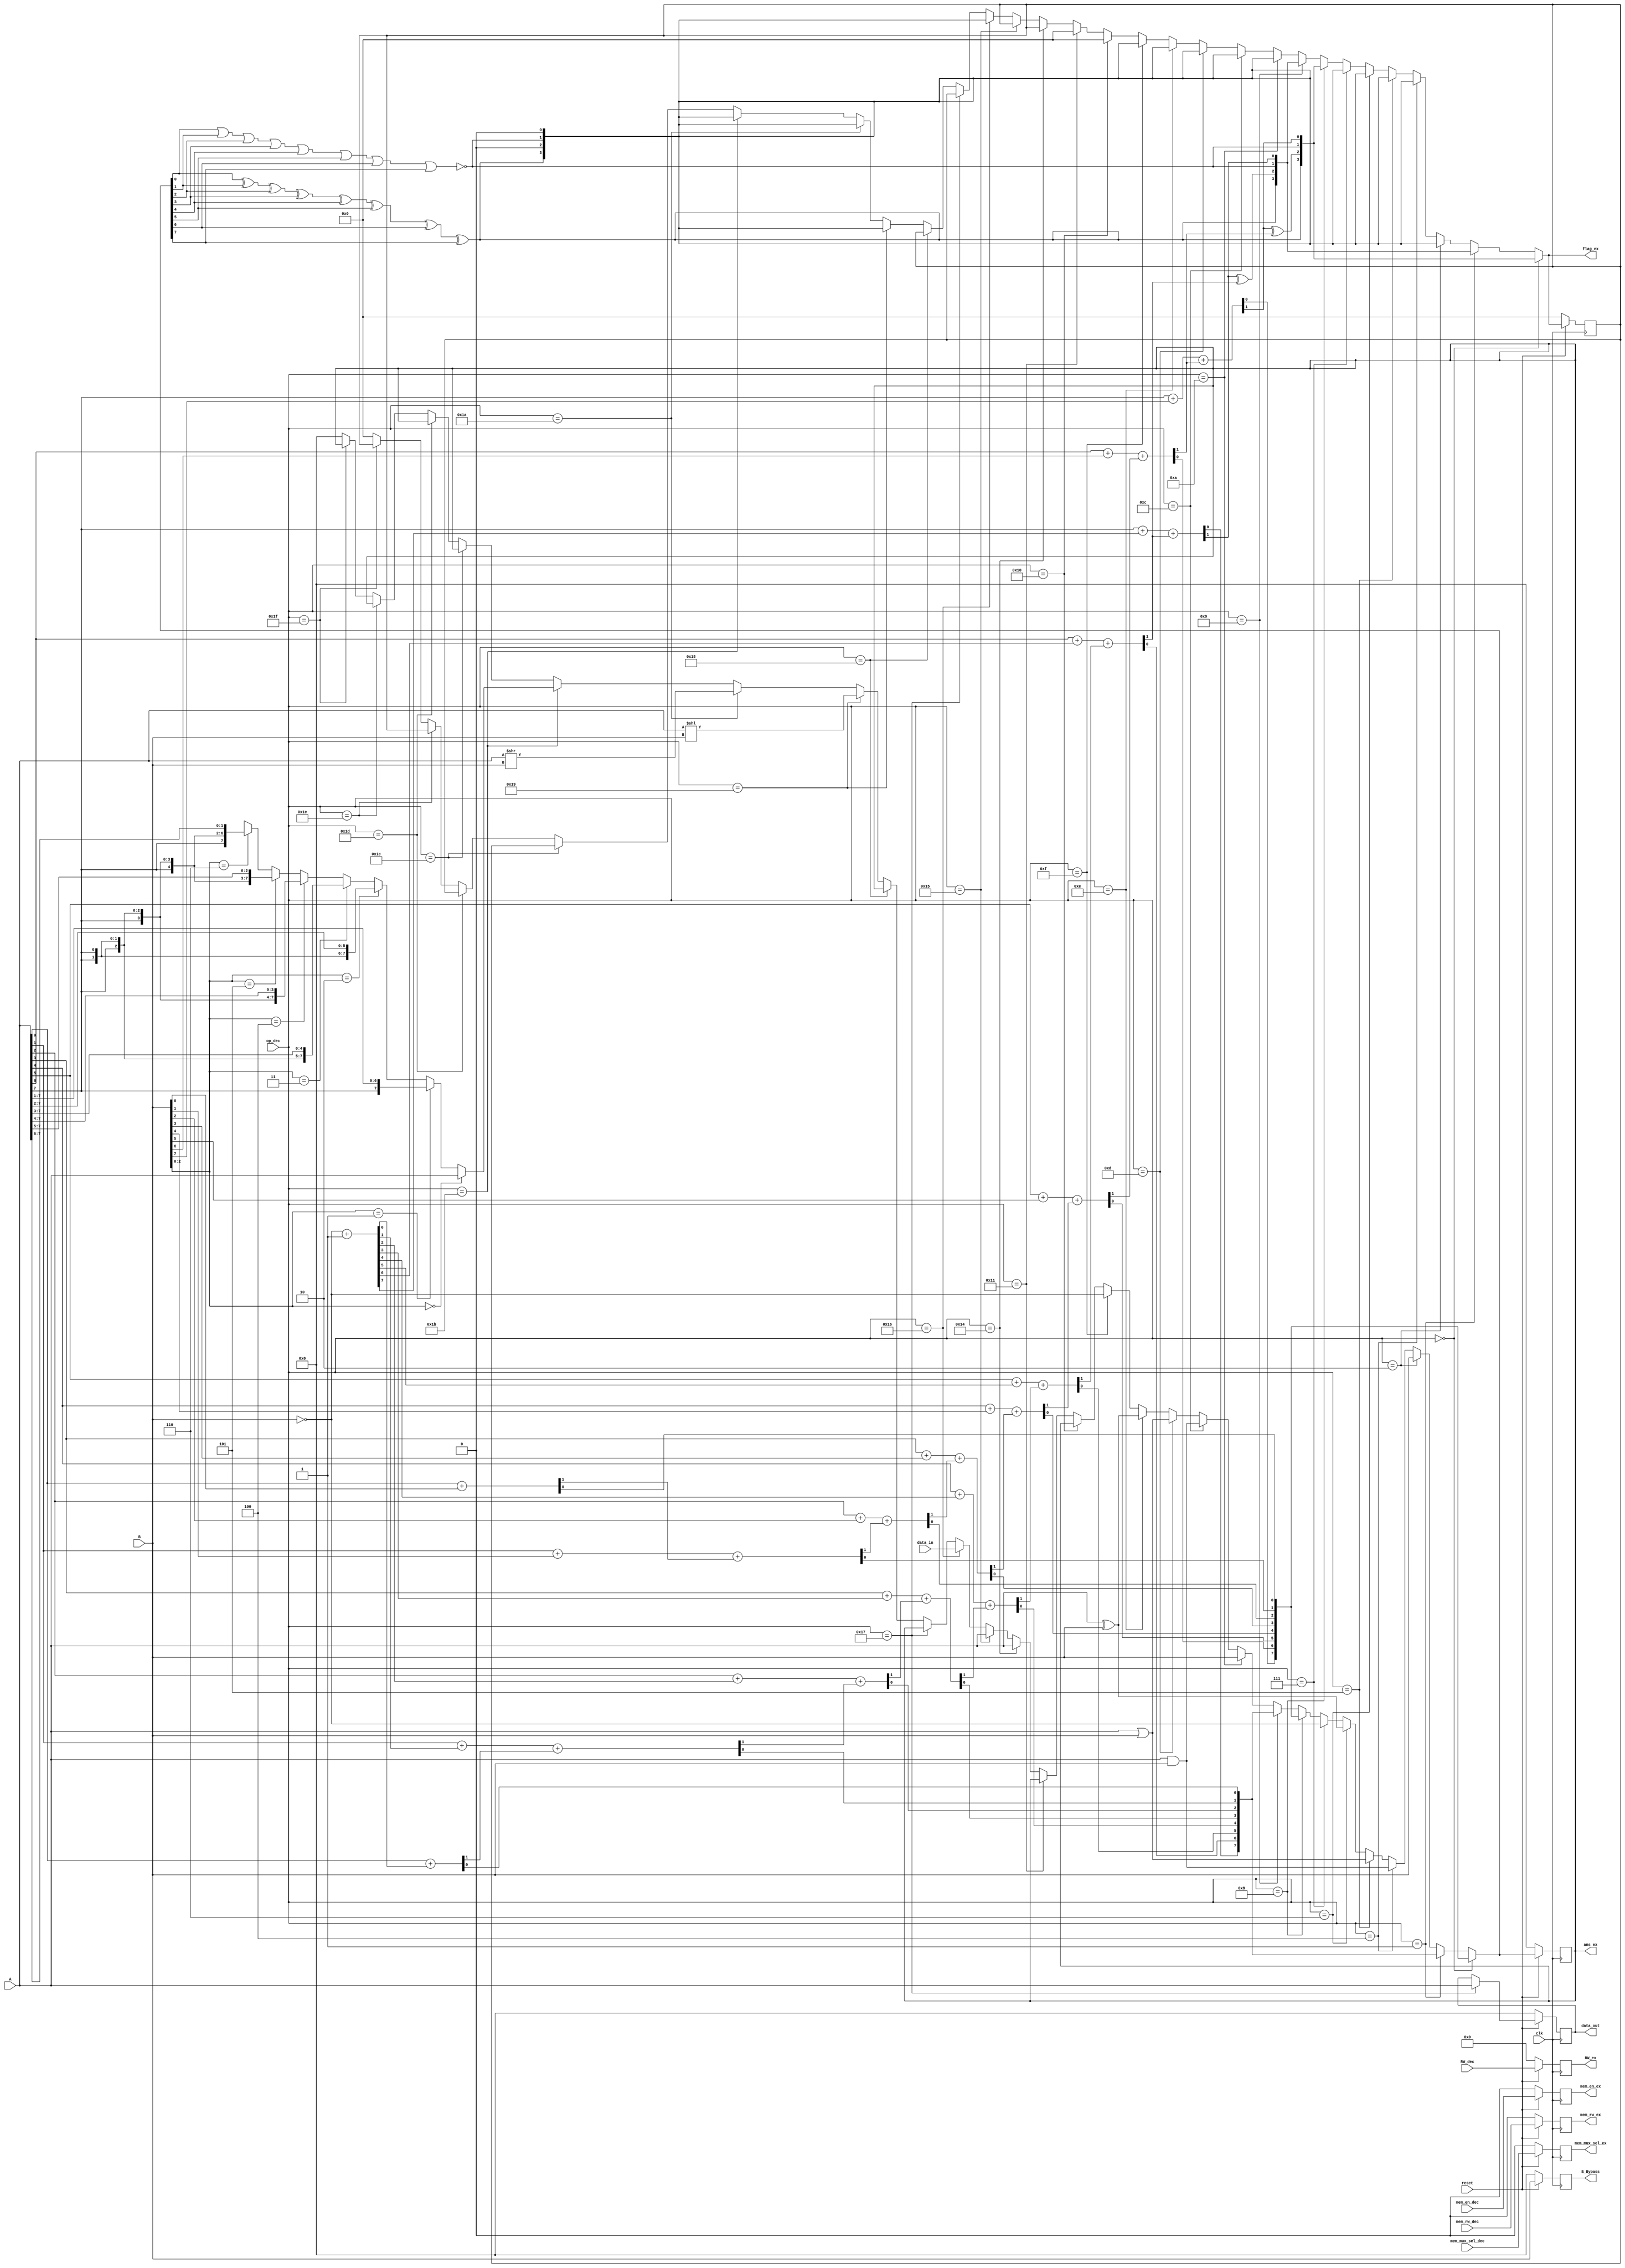
`timescale 1ns / 1ps

//Group number : 16
//Group name : The Intellites
//Module Name:    Execution_Block logic



//////////////////////////////////////////////////////////////////////////////////
// Company: 
// Engineer: 
// 
// Design Name: 
// Module Name:    Execution_Block 
// Project Name: 
// Target Devices: 
// Tool versions: 
// Description: 
//
// Dependencies: 
//
// Revision: 
// Revision 0.01 - File Created
// Additional Comments: 
//
//////////////////////////////////////////////////////////////////////////////////
module Execution_Block(flag_ex,ans_ex,data_out,B_Bypass,mem_en_ex,mem_rw_ex,mem_mux_sel_ex,RW_ex,A,B,data_in,op_dec,clk,mem_en_dec,mem_rw_dec,mem_mux_sel_dec,RW_dec,reset); 

//input declarations
output [3:0] flag_ex;
output reg [7:0] ans_ex,data_out,B_Bypass;
output reg [4:0] RW_ex;
output reg mem_en_ex,mem_rw_ex,mem_mux_sel_ex;

//output declarations
input [7:0] A,B,data_in;
input [4:0] op_dec,RW_dec;
input clk,reset,mem_en_dec,mem_rw_dec,mem_mux_sel_dec;

//temp wires
wire [7:0] data_out_buff,ans_temp,t_add,t_sub,temp_rsa,comp_B,ans_ex_temp,data_out_temp,B_bypass_temp;
wire [3:0] flag_temp,flag;
reg [3:0] flag_ex_reg;
wire [6:0] ct,cs;
wire [4:0] RW_ex_temp;
wire a_carry,s_carry,overflow_a,overflow_s,zero,parity,mem_en_ex_temp,mem_rw_ex_temp,mem_mux_sel_ex_temp;

//2's compliment of B
assign comp_B = (~B) + 8'b00000001;

//8 bit adder
assign {ct[0],t_add[0]} = A[0] + B[0];
assign {ct[1],t_add[1]} = A[1] + B[1] + ct[0];
assign {ct[2],t_add[2]} = A[2] + B[2] + ct[1];
assign {ct[3],t_add[3]} = A[3] + B[3] + ct[2];
assign {ct[4],t_add[4]} = A[4] + B[4] + ct[3];
assign {ct[5],t_add[5]} = A[5] + B[5] + ct[4];
assign {ct[6],t_add[6]} = A[6] + B[6] + ct[5];
assign {a_carry,t_add[7]} = A[7] + B[7] + ct[6];

//overflow for adder
assign overflow_a = a_carry ^ ct[6];

//8 bit subtractor
assign {cs[0],t_sub[0]} = A[0] + comp_B[0];
assign {cs[1],t_sub[1]} = A[1] + comp_B[1] + cs[0];
assign {cs[2],t_sub[2]} = A[2] + comp_B[2] + cs[1];
assign {cs[3],t_sub[3]} = A[3] + comp_B[3] + cs[2];
assign {cs[4],t_sub[4]} = A[4] + comp_B[4] + cs[3];
assign {cs[5],t_sub[5]} = A[5] + comp_B[5] + cs[4];
assign {cs[6],t_sub[6]} = A[6] + comp_B[6] + cs[5];
assign {s_carry,t_sub[7]} = A[7] + comp_B[7] + cs[6];

//overflow for subtractor
assign overflow_s = s_carry ^ cs[6];

//logic for right shift arithmetic
assign temp_rsa = (B[2:0] == 3'b000) ? A :
                  (B[2:0] == 3'b001) ? {A[7],A[7:1]} :
						(B[2:0] == 3'b010) ? {A[7],A[7],A[7:2]} :
						(B[2:0] == 3'b011) ? {A[7],A[7],A[7],A[7:3]} :
						(B[2:0] == 3'b100) ? {A[7],A[7],A[7],A[7],A[7:4]} :
						(B[2:0] == 3'b101) ? {A[7],A[7],A[7],A[7],A[7],A[7:5]} :
               	(B[2:0] == 3'b110) ? {A[7],A[7],A[7],A[7],A[7],A[7],A[7:6]} :
                  (B[2:0] == 3'b110) ? {A[7],A[7],A[7],A[7],A[7],A[7],A[7],A[7]} : 8'bx;
						
//data out buff						
assign data_out_buff = (op_dec == 5'b10111) ? A : data_out;
 
                  
//assign value of answer temp through different opcodes using the given instruction table						
assign ans_temp = (op_dec == 5'b00000) ? t_add :
                  (op_dec == 5'b00001) ? t_sub :
						(op_dec == 5'b00010) ? B :
						(op_dec == 5'b00100) ? A&B :
						(op_dec == 5'b00101) ? A|B :
						(op_dec == 5'b00110) ? A^B :
						(op_dec == 5'b00111) ? (~B) :
						(op_dec == 5'b01000) ? t_add :
						(op_dec == 5'b01001) ? t_sub :
						(op_dec == 5'b01010) ? B :
						(op_dec == 5'b01100) ? A&B :
						(op_dec == 5'b01101) ? A|B :
						(op_dec == 5'b01110) ? A^B :
						(op_dec == 5'b01111) ? (~B) :
						(op_dec == 5'b10000) ? ans_ex:
						(op_dec == 5'b10001) ? ans_ex:
						(op_dec == 5'b10100) ? A :
						(op_dec == 5'b10101) ? A :
						(op_dec == 5'b10110) ? data_in :
						(op_dec == 5'b10111) ? ans_ex :
						(op_dec == 5'b11000) ? ans_ex:
						(op_dec == 5'b11001) ? A<<B :
						(op_dec == 5'b11010) ? A>>B : 
						(op_dec == 5'b11011) ? temp_rsa :
						(op_dec == 5'b11100) ? ans_ex:
						(op_dec == 5'b11101) ? ans_ex :
						(op_dec == 5'b11110) ? ans_ex:
						(op_dec == 5'b11111) ? ans_ex: 8'b0;

//assign ans_temp_1 = ans_temp;				
						
 
//assigning zero and parity flag
assign zero = ~(ans_temp[0] | ans_temp[1] | ans_temp[2] | ans_temp[3] | ans_temp[4] | ans_temp[5] | ans_temp[6] | ans_temp[7]);

assign parity =  (ans_temp[0] ^ ans_temp[1] ^ ans_temp[2] ^ ans_temp[3] ^ans_temp[4] ^ans_temp[5] ^ ans_temp[6] ^ ans_temp[7]);

//assigning value of flag temp for different opcodes
assign flag_temp =(op_dec == 5'b00000) ? {parity,overflow_a,zero,a_carry} :
                  (op_dec == 5'b00001) ? {parity,overflow_s,zero,s_carry} :
						(op_dec == 5'b00010) ? {parity,1'b0,zero,1'b0} :
						(op_dec == 5'b00100) ? {parity,1'b0,zero,1'b0} :
						(op_dec == 5'b00101) ? {parity,1'b0,zero,1'b0} :
						(op_dec == 5'b00110) ? {parity,1'b0,zero,1'b0} :
						(op_dec == 5'b00111) ? {parity,1'b0,zero,1'b0} :
						(op_dec == 5'b01000) ? {parity,overflow_a,zero,a_carry} :
						(op_dec == 5'b01001) ? {parity,overflow_s,zero,s_carry} :
						(op_dec == 5'b01010) ? {parity,1'b0,zero,1'b0} :
						(op_dec == 5'b01100) ? {parity,1'b0,zero,1'b0} :
						(op_dec == 5'b01101) ? {parity,1'b0,zero,1'b0} :
						(op_dec == 5'b01110) ? {parity,1'b0,zero,1'b0} :
						(op_dec == 5'b01111) ? {parity,1'b0,zero,1'b0} :
						(op_dec == 5'b10000) ? 4'b0000 :
						(op_dec == 5'b10001) ? 4'b0000 :
						(op_dec == 5'b10100) ? flag_ex_reg :
						(op_dec == 5'b10101) ? flag_ex_reg :
						(op_dec == 5'b10110) ? {parity,1'b0,zero,1'b0} :
						(op_dec == 5'b10111) ? flag_ex_reg :
						(op_dec == 5'b11000) ? flag_ex_reg :
						(op_dec == 5'b11001) ? {parity,1'b0,zero,1'b0} :
						(op_dec == 5'b11010) ? {parity,1'b0,zero,1'b0} :
						(op_dec == 5'b11011) ? {parity,1'b0,zero,1'b0} :
						(op_dec == 5'b11100) ? flag_ex_reg :
						(op_dec == 5'b11101) ? flag_ex_reg :
						(op_dec == 5'b11110) ? flag_ex_reg :
						(op_dec == 5'b11111) ? flag_ex_reg : 8'b0;


assign flag_ex  = flag_temp;

assign ans_ex_temp = (reset ==1'b0) ? 0 : ans_temp;
assign B_bypass_temp = (reset ==1'b0) ? 0 : B;
assign data_out_temp = (reset ==1'b0) ? 0 : data_out_buff;
assign RW_ex_temp = (reset ==1'b0) ? 0 : RW_dec;
assign mem_en_ex_temp = (reset ==1'b0) ? 0 : mem_en_dec;
assign mem_rw_ex_temp = (reset ==1'b0) ? 0 : mem_rw_dec;
assign mem_mux_sel_ex_temp = (reset ==1'b0) ? 0 : mem_mux_sel_dec;
assign flag = (reset == 1'b0) ? 0 : flag_ex;


//passing the outputs of ALU in register where all outputs will be clock syncronous
always@(posedge clk)
begin
   
	 begin
	    ans_ex <= ans_ex_temp;
		 B_Bypass <= B_bypass_temp;
		 data_out <= data_out_temp;
       mem_en_ex <= mem_en_ex_temp;
		 mem_rw_ex <= mem_rw_ex_temp;
		 mem_mux_sel_ex <= mem_mux_sel_ex_temp;
		 RW_ex <= RW_ex_temp;
		 flag_ex_reg <= flag;
	 end
end

endmodule